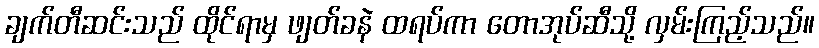
ချက်တီဆင်းသည် ထိုင်ရာမှ ဖျတ်ခနဲ ထရပ်ကာ တောအုပ်ဆီသို့ လှမ်းကြည့်သည်။